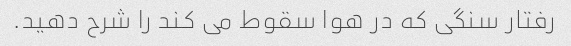
رفتار سنگی که در هوا سقوط می کند را شرح دهید.